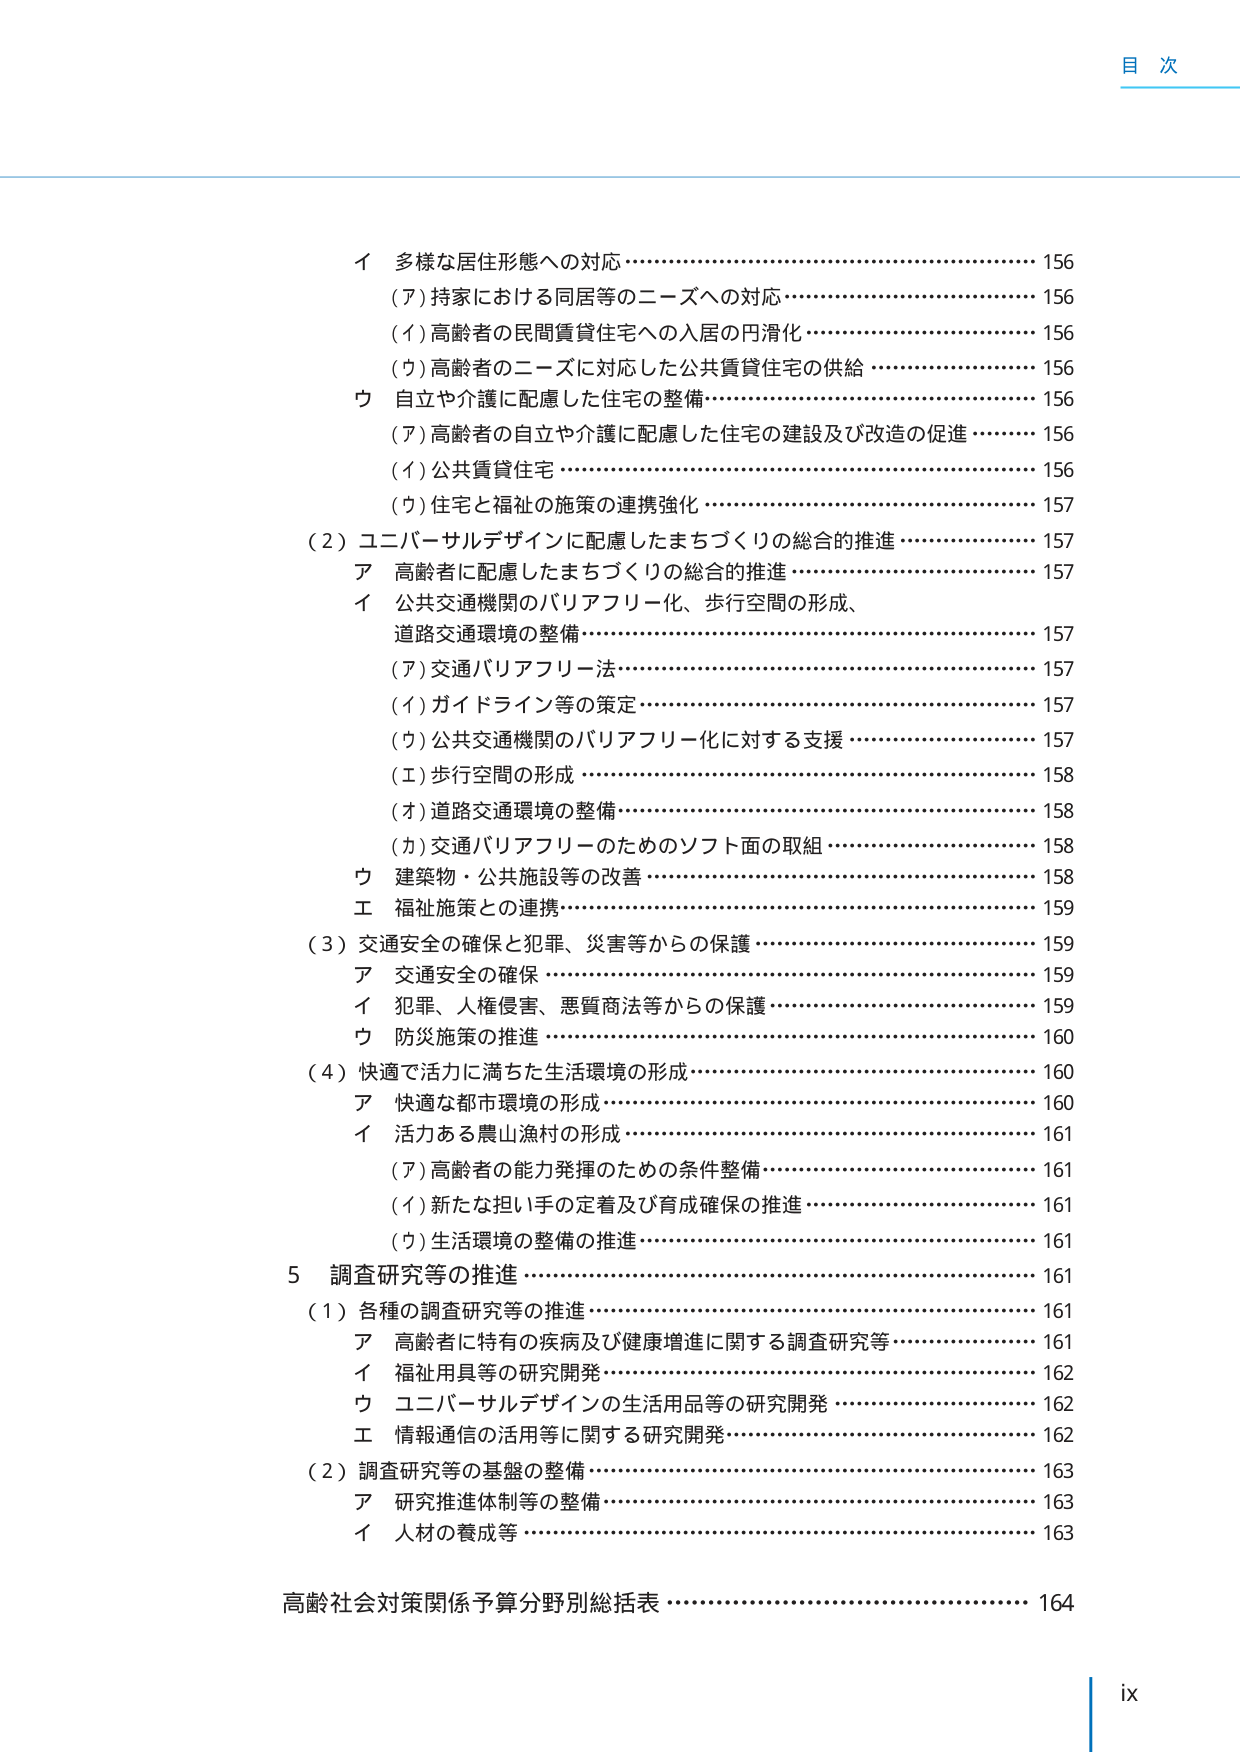
目 次

イ 多様な居住形態への対応………………………………………………… 156
（ア）持家における同居等のニーズへの対応…………………………… 156
（イ）高齢者の民間賃貸住宅への入居の円滑化………………………… 156
（ウ）高齢者のニーズに対応した公共賃貸住宅の供給………………… 156
ウ 自立や介護に配慮した住宅の整備……………………………………… 156
（ア）高齢者の自立や介護に配慮した住宅の建設及び改造の促進…… 156
（イ）公共賃貸住宅………………………………………………………… 156
（ウ）住宅と福祉の施策の連携強化……………………………………… 157
（２）ユニバーサルデザインに配慮したまちづくりの総合的推進……… 157
ア 高齢者に配慮したまちづくりの総合的推進………………………… 157
イ 公共交通機関のバリアフリー化、歩行空間の形成、
道路交通環境の整備……………………………………………………… 157
（ア）交通バリアフリー法………………………………………………… 157
（イ）ガイドライン等の策定……………………………………………… 157
（ウ）公共交通機関のバリアフリー化に対する支援………………… 157
（エ）歩行空間の形成……………………………………………………… 158
（オ）道路交通環境の整備………………………………………………… 158
（カ）交通バリアフリーのためのソフト面の取組……………………… 158
ウ 建築物・公共施設等の改善…………………………………………… 158
エ 福祉施策との連携……………………………………………………… 159
（３）交通安全の確保と犯罪、災害等からの保護……………………… 159
ア 交通安全の確保………………………………………………………… 159
イ 犯罪、人権侵害、悪質商法等からの保護…………………………… 159
ウ 防災施策の推進………………………………………………………… 160
（４）快適で活力に満ちた生活環境の形成……………………………… 160
ア 快適な都市環境の形成………………………………………………… 160
イ 活力ある農山漁村の形成……………………………………………… 161
（ア）高齢者の能力発揮のための条件整備…………………………… 161
（イ）新たな担い手の定着及び育成確保の推進……………………… 161
（ウ）生活環境の整備の推進…………………………………………… 161
５ 調査研究等の推進……………………………………………………… 161
（１）各種の調査研究等の推進…………………………………………… 161
ア 高齢者に特有の疾病及び健康増進に関する調査研究等…………… 161
イ 福祉用具等の研究開発………………………………………………… 162
ウ ユニバーサルデザインの生活用品等の研究開発………………… 162
エ 情報通信の活用等に関する研究開発………………………………… 162
（２）調査研究等の基盤の整備…………………………………………… 163
ア 研究推進体制等の整備………………………………………………… 163
イ 人材の養成等…………………………………………………………… 163
高齢社会対策関係予算分野別総括表……………………………………… 164

ix